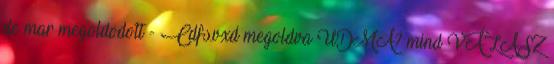
de mar megoldodott - Cdfs.vxd megoldva UDMA? mind VÁLASZ